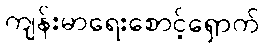
ကျန်းမာရေးစောင့်ရှောက်